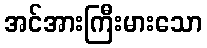
အင်အားကြီးမားသော